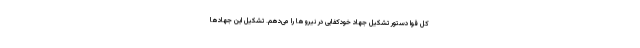
کل قوا دستور تشکیل جهاد خودکفایی در نیروها را می‌دهم. تشکیل این جهادها